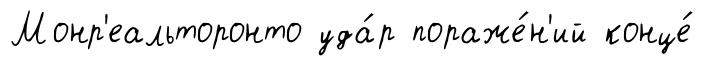
Монр'еальторонто уда́р пораже́н'ий конце́